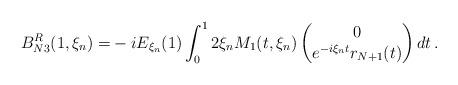
LaTeX: \begin{align*}B_{N3}^R(1,\xi_n)=&-i E_{\xi_n}(1)\int_0^12\xi_n M_1(t,\xi_n)\begin{pmatrix}0\\ e^{-i\xi_n t}r_{N+1}(t)\end{pmatrix}dt \, .\end{align*}